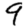
Digit: 9